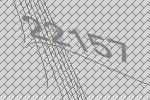
22157